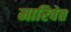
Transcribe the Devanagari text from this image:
मारिवेत